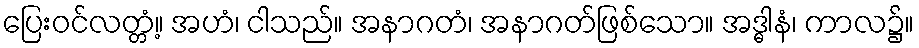
ပြေးဝင်လတ္တံ့။ အဟံ၊ ငါသည်။ အနာဂတံ၊ အနာဂတ်ဖြစ်သော။ အဒ္ဓါနံ၊ ကာလ၌။